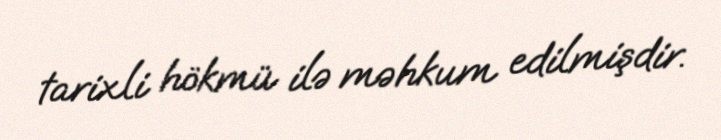
tarixli hökmü ilə məhkum edilmişdir.